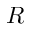
R